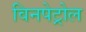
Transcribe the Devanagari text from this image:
विनपेट्रोल